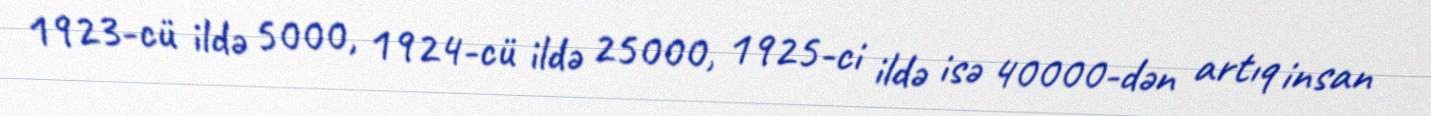
1923-cü ildə 5000, 1924-cü ildə 25000, 1925-ci ildə isə 40000-dən artıq insan